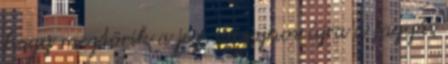
hogy megtörik a jég, de sajnos újra a fagyás